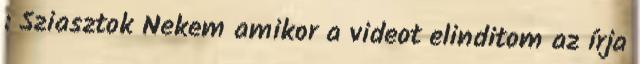
: Sziasztok Nekem amikor a videot elinditom az írja